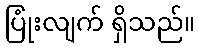
ပြုံးလျက် ရှိသည်။